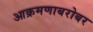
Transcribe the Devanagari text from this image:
आक्रमणाबरोबर